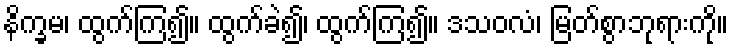
နိက္ခမ၊ ထွက်ကြ၍။ ထွက်ခဲ၍၊ ထွက်ကြ၍။ ဒသဝလံ၊ မြတ်စွာဘုရားကို။